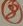
Text: 8